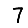
Digit: 7